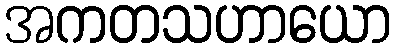
အကတသဟာယော